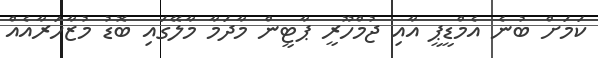
ކަމަށް ބުނެ އެމްޑީޕީ އާއި ޖުމްހޫރީ ޕާޓީން މާދަމާ މާލޭގައި ބޮޑު މުޒާހަރާއެއް